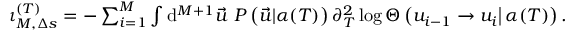
\begin{array} { r } { \iota _ { M , \Delta s } ^ { ( T ) } = - \sum _ { i = 1 } ^ { M } \int \mathrm { d } ^ { M + 1 } \vec { u } \ P \left( \vec { u } | \alpha ( T ) \right) \partial _ { T } ^ { 2 } \log \Theta \left( u _ { i - 1 } \left. \rightarrow u _ { i } \right| \alpha ( T ) \right) . } \end{array}